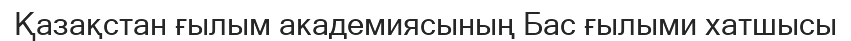
Қазақстан ғылым академиясының Бас ғылыми хатшысы